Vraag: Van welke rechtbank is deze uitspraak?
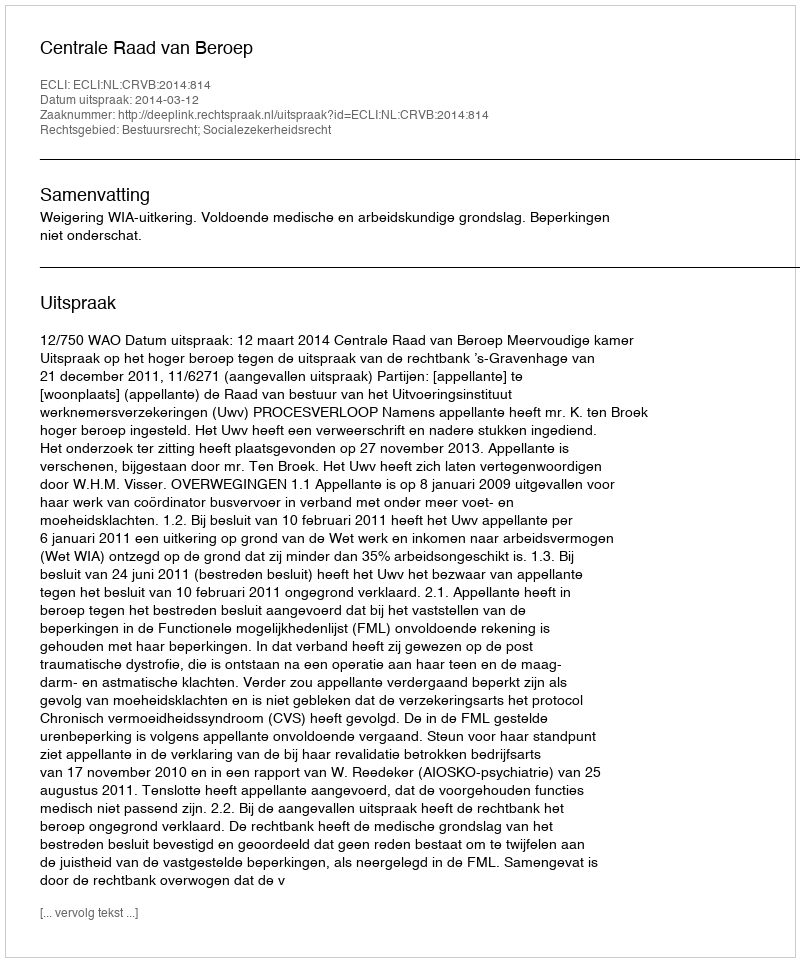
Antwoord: Centrale Raad van Beroep